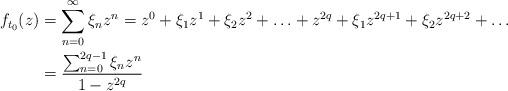
LaTeX: \begin{align*} f_{t_0}(z)&= \sum_{n=0}^\infty \xi_n z^n = z^0+ \xi_1 z^1 + \xi_2 z^2 + \ldots + z^{2q} + \xi_1z^{2q+1} + \xi_2z^{2q+2}+\ldots \\ &=\frac{\sum_{n=0}^{2q-1} \xi_n z^n }{1-z^{2q}}\end{align*}